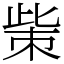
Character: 㭰